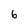
Character: 6